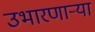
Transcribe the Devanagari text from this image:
उभारणार्‍या